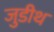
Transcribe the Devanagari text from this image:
जुडीथ